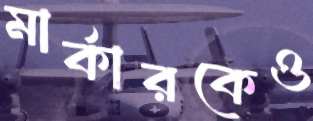
মার্কারকেও